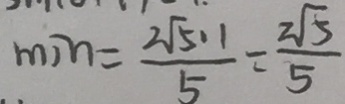
\min = \frac { 2 \sqrt { 5 } 1 1 } { 5 } = \frac { 2 \sqrt { 5 } } { 5 }